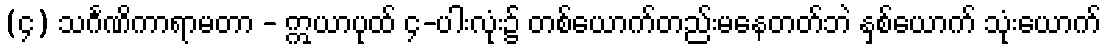
(၄) သင်္ဂဏိကာရာမတာ - ဣယာပုထ် ၄-ပါးလုံး၌ တစ်ယောက်တည်းမနေတတ်ဘဲ နှစ်ယောက် သုံးယောက်